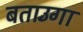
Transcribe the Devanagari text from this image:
बताउँगा